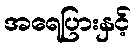
အရေပြားနှင့်